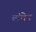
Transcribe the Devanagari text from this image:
लंचेन